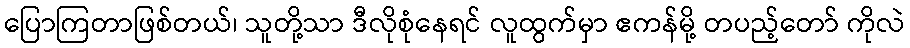
ပြောကြတာဖြစ်တယ်၊ သူတို့သာ ဒီလိုစုံနေရင် လူထွက်မှာ ဧကန်မို့ တပည့်တော် ကိုလဲ